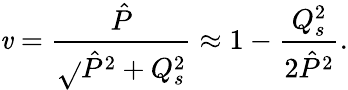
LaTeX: \mathit{v}={\frac{{\hat{{P}}}}{{\sqrt{}{{\hat{{P}}^{2}+Q_{s}^{2}}}}}}\approx1-{\frac{{Q_{s}^{2}}}{{2\hat{{P}}^{2}}}}.